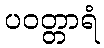
ပဝတ္တာရံ